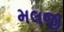
મલજી